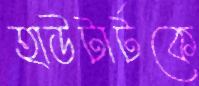
হাউটার্টকে